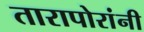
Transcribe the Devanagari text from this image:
तारापोरांनी